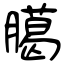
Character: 臈